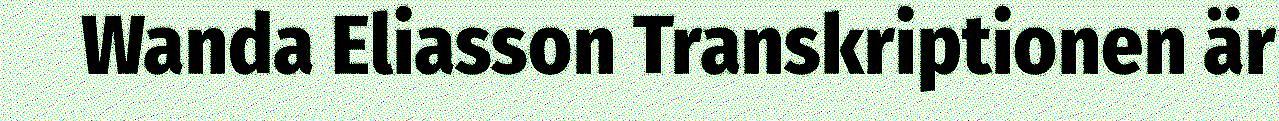
Wanda Eliasson Transkriptionen är